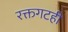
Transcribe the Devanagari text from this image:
रक्तगटही